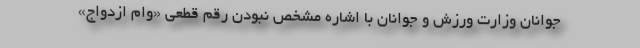
جوانان وزارت ورزش و جوانان با اشاره مشخص نبودن رقم قطعی «وام ازدواج»